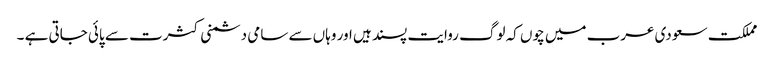
مملکت سعودی عرب میں چوں کہ لوگ روایت پسند ہیں اور وہاں سے سامی دشمنی کثرت سے پائی جاتی ہے ۔